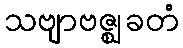
သဗျာဗဇ္ဈခတံ